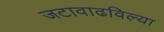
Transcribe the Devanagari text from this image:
जटावाढविल्या